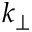
k _ { \perp }